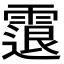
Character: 𩄮